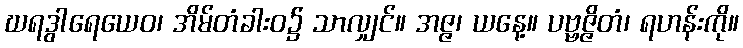
ဃရဒွါရေယေဝ၊ အိမ်တံခါးဝ၌ သာလျှင်။ အဇ္ဇ၊ ယနေ့။ ပဗ္ဗဇ္ဇိတံ၊ ရဟန်းကို။